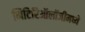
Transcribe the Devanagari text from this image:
मिटिरिऑलॉजीमध्ये